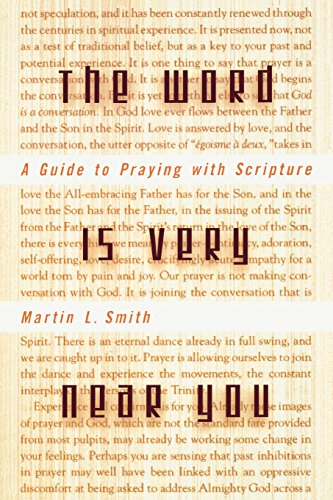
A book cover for The Word Is Very Near You: A Guide to Praying with Scripture; Martin Smith; Christian Books & Bibles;